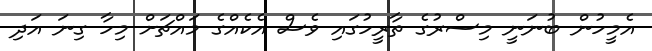
އެމީހުން ބުނަނީ މިސްރުގެ ތާރީހުގައި ވެސް އެކެއްގެ މައްޗަށް މިހާ ގިނަ އަދި